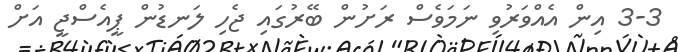
3-3 އިން އެއްވަރުވި ނަމަވެސް ރަށުން ބޭރުގައި ޖެހި ލަނޑުން ޕީއެސްޖީ އަށް